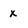
Character: x